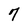
Character: 7